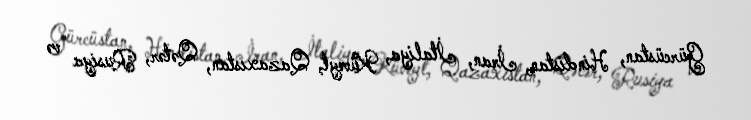
Gürcüstan, Hindistan, İran, İtaliya, Küveyt, Qazaxıstan, Qətər, Rusiya və